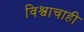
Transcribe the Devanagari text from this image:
विश्वाचाही